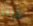
علينا